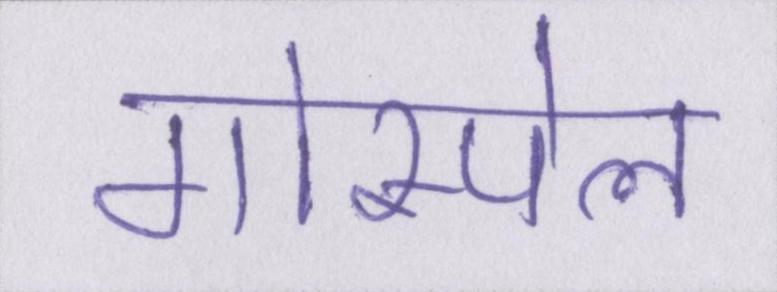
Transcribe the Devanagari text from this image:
गोस्पेल